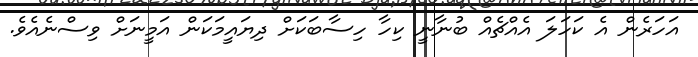
އަހަރެން އެ ކަހަލަ އެއްޗެއް ބުނާނީ ކިހާ ހިސާބަކަށް ދިޔައީމަކަން އަމީނަށް ވިސްނެއެވެ.